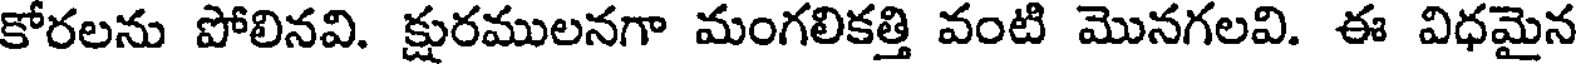
కోరలను పోలినవి. క్షురములనగా మంగలికత్తి వంటి మొనగలవి. ఈ విధమైన